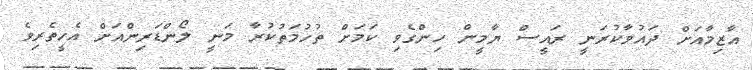
އާޒިމާއަށް ދައުވާކުރަނީ ރައީސް ޔާމީން ހިންގެވި ކަމަށް ތުހުމަތުކުރާ މަނީ ލޯންޑަރިންއަށް އެހީތެރިވެ